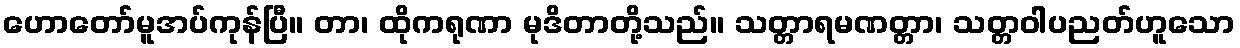
ဟောတော်မူအပ်ကုန်ပြီ။ တာ၊ ထိုကရုဏာ မုဒိတာတို့သည်။ သတ္တာရမဏတ္တာ၊ သတ္တဝါပညတ်ဟူသော